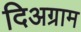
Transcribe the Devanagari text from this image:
दिअग्राम